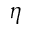
\eta